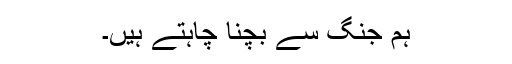
ہم جنگ سے بچنا چاہتے ہیں۔